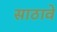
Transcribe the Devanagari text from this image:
साठावे